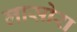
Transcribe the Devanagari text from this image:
लासोरा